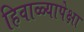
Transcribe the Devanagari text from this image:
हिवाळ्यापेक्षा